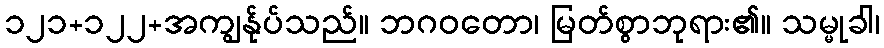
၁၂၁+၁၂၂+အကျွန်ုပ်သည်။ ဘဂဝတော၊ မြတ်စွာဘုရား၏။ သမ္မုခါ၊